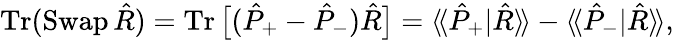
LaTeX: \operatorname{Tr}(\operatorname{Swap}\hat{R})=\operatorname{Tr}\big[(\hat{P}_{+}-\hat{P}_{-})\hat{R}\big]=\langle\! \langle\hat{P}_{+}|\hat{R}\rangle\! \rangle-\langle\! \langle\hat{P}_{-}|\hat{R}\rangle\! \rangle,